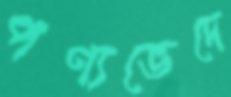
পণ্যভেদে